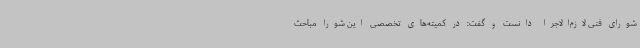
شورای فنی لازم‌الاجرا دانست و گفت: در کمیته‌های تخصصی این شورا مباحث